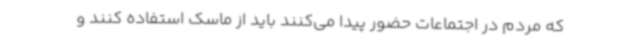
که مردم در اجتماعات حضور پیدا می‌کنند باید از ماسک استفاده کنند و